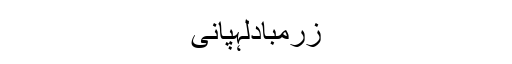
زرمبادلہپانی